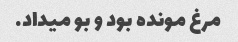
مرغ مونده بود و بو میداد.